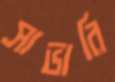
সাভারি